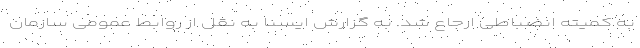
به کمیته انضباطی ارجاع شد. به گزارش ایسنا به نقل از روابط عمومی سازمان